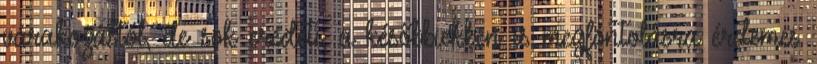
várakozástól, de sok eredeti, a későbbiekben is megfontolásra érdemes